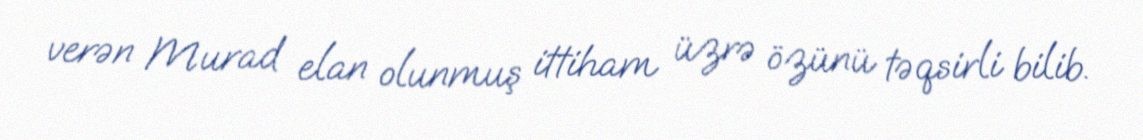
verən Murad elan olunmuş ittiham üzrə özünü təqsirli bilib.